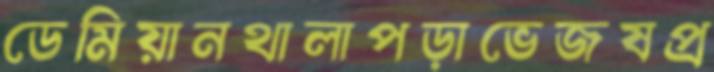
ডেমিয়ানথালাপড়াভেজষপ্র